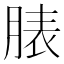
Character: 脿